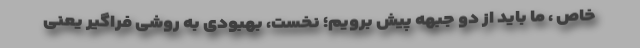
خاص ، ما باید از دو جبهه پیش برویم؛ نخست، بهبودی به روشی فراگیر یعنی